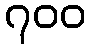
၇၀၀